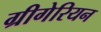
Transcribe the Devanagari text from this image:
ग्रीगेरियन